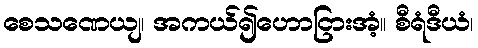
စေသဏေယျ၊ အကယ်၍ဟောငြားအံ့။ စီရံဒီယံ၊